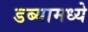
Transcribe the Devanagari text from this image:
डब्यामध्ये